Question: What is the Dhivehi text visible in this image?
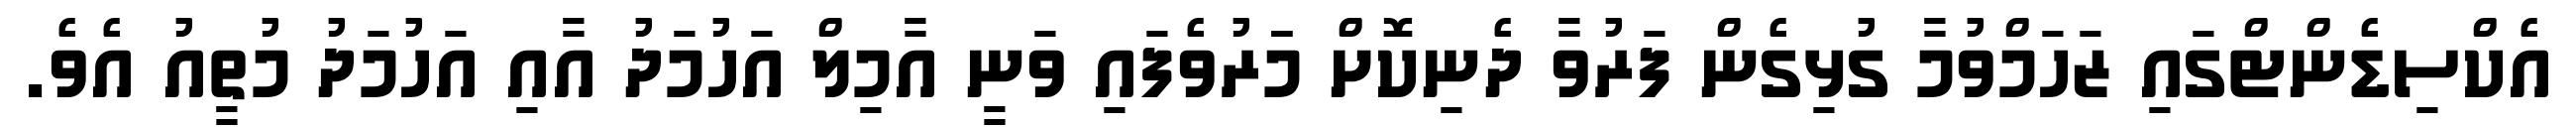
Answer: އެކްސިޑެންޓްގައި ޒަހަމްވުމާ ގުޅިގެން ފަރުވާ ދެނިކޮށް މަަރުވެފައި ވަނީ އާމިލް އަހުމަދު އާއި އަހުމަދު މުތީއު އެވެ.